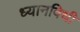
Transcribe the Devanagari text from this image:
ध्यानविधी